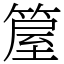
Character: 箼